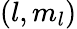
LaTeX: (l,m_{l})